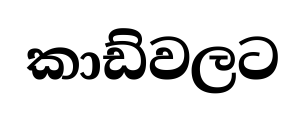
කාඩ්වලට